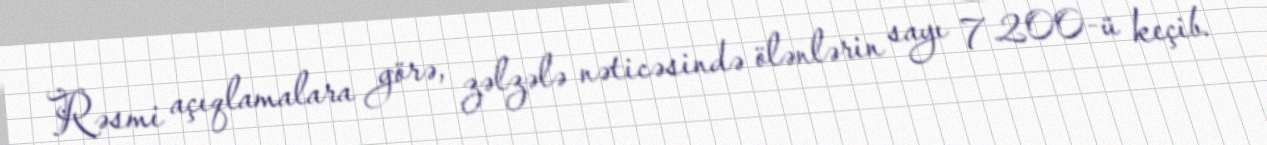
Rəsmi açıqlamalara görə, zəlzələ nəticəsində ölənlərin sayı 7 200-ü keçib.